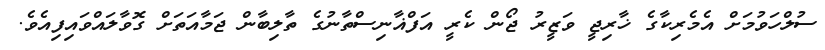
ސުލްހަވުމަށް އެމެރިކާގެ ޚާރިޖީ ވަޒީރު ޖޯން ކެރީ އަފްޣާނިސްތާނުގެ ތާލިބާން ޖަމާއަތަށް ގޮވާލައްވައިފިއެވެ.